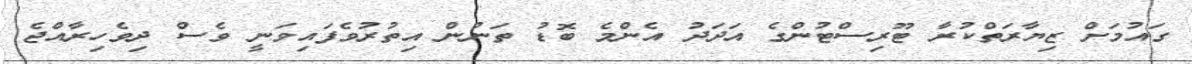
ގައުމަށް ޒިޔާރަތްކުރާ ޓޫރިސްޓުންގެ އަދަދު އެންމެ ބޮޑު ތަނުން އިތުރުވެފައިވަނީ ވެސް ދިވެހިރާއްޖެ